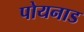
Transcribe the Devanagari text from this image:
पोयनाड